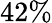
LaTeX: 42\%